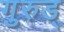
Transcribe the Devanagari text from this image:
गुरुड्